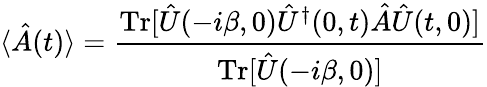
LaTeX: \langle\hat{A}(t)\rangle=\frac{\textrm{Tr}[\hat{U}(-i\beta,0)\hat{U}^{\dagger}(0,t)\hat{A}\hat{U}(t,0)]}{\textrm{Tr}[\hat{U}(-i\beta,0)]}